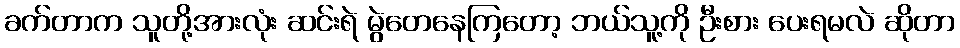
ခက်တာက သူတို့အားလုံး ဆင်းရဲ မွဲတေနေကြတော့ ဘယ်သူ့ကို ဦးစား ပေးရမလဲ ဆိုတာ